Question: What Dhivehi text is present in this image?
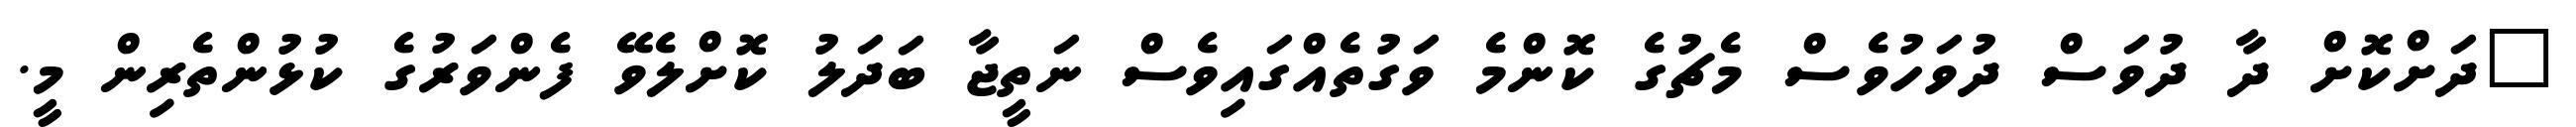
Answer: "ދަށްކޮށް ދާ ދުވަސް ދުވަހުވެސް މެޗުގެ ކޮންމެ ވަގުތެއްގައިވެސް ނަތީޖާ ބަދަލު ކޮށްލެވޭ ފެންވަރުގެ ކުޅުންތެރިން މީ.